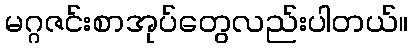
မဂ္ဂဇင်းစာအုပ်တွေလည်းပါတယ်။